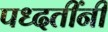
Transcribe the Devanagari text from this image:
पध्दतींनी